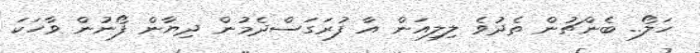
ހަލޯ.. ބެންޗުން ތެދުވެ ލިލިއަން އާ ފުރަގަސްދެމުން ދިޔާން ފޯނުން ވާހަކަ